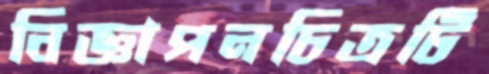
বিজ্ঞাপনচিত্রটি